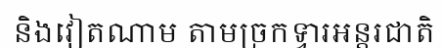
និងវៀតណាម តាមច្រកទ្វារអន្តរជាតិ